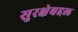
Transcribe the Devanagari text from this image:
सुरक्षेबद्दल